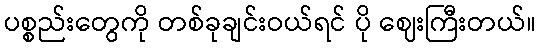
ပစ္စည်းတွေကို တစ်ခုချင်းဝယ်ရင် ပို ဈေးကြီးတယ်။